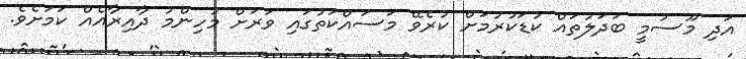
އަދި މޫސުމީ ބަދަލުތައް ކުޑަކުރުމަށް ކުރެވޭ މަސައްކަތުގައި ވަރަށް މުހިންމު ދާއިރާއެއް ކަމަށެވެ.